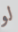
لو